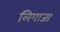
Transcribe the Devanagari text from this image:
लियाजा